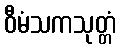
ဝီမံသကသုတ္တံ